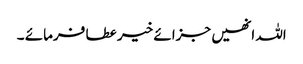
اللہ انھیں جزائے خیر عطا فرمائے ۔